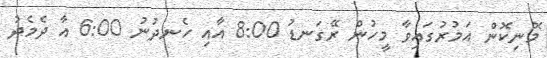
މޮނިކޮން އަމުރުގައިވާ މީހުން ރޭގަނޑު 8:00 އާއި ހެނދުނު 6:00 އާ ދެމެދު